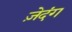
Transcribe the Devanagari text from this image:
ज़ेदंग